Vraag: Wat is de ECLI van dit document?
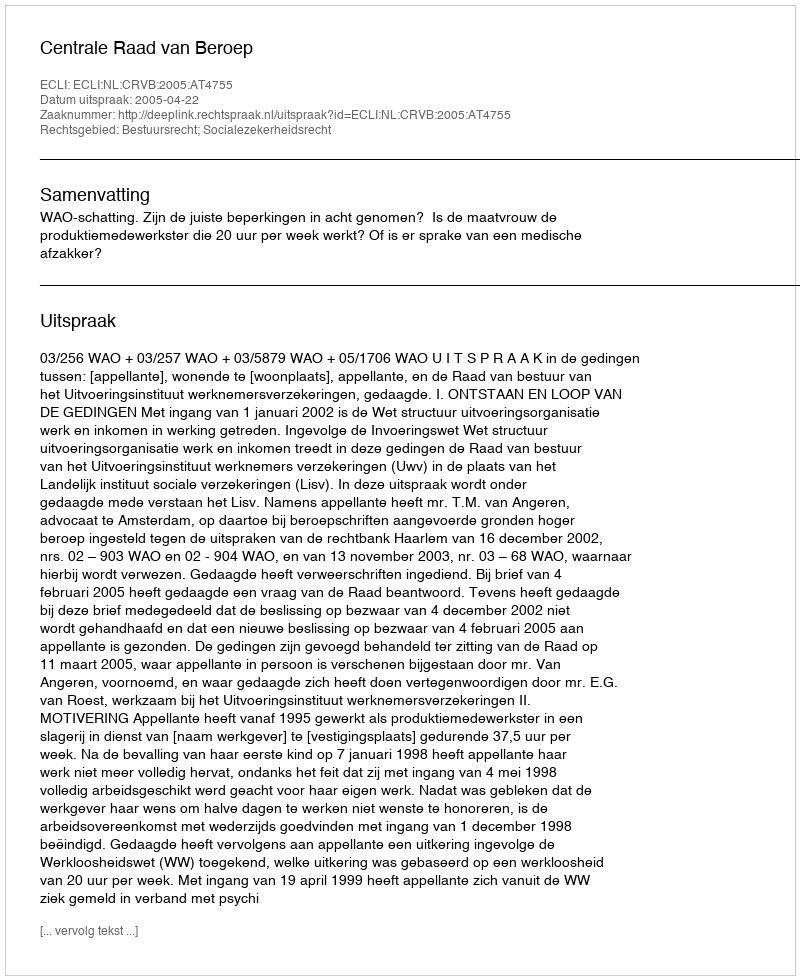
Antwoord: ECLI:NL:CRVB:2005:AT4755